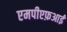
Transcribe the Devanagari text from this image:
एमपीएफ़आई